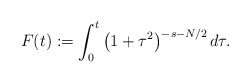
\begin{align*}F(t):=\int_0^t \left(1+\tau^2\right)^{-s-N/2} d\tau.\end{align*}